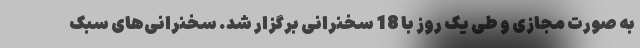
به صورت مجازی و طی یک روز با 18 سخنرانی برگزار شد. سخنرانی‌های سبک